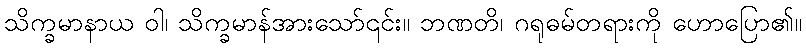
သိက္ခမာနာယ ဝါ၊ သိက္ခမာန်အားသော်၎င်း။ ဘဏတိ၊ ဂရုဓမ်တရားကို ဟောပြော၏။